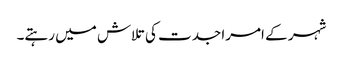
شہر کے امرا جدت کی تلاش میں رہتے۔